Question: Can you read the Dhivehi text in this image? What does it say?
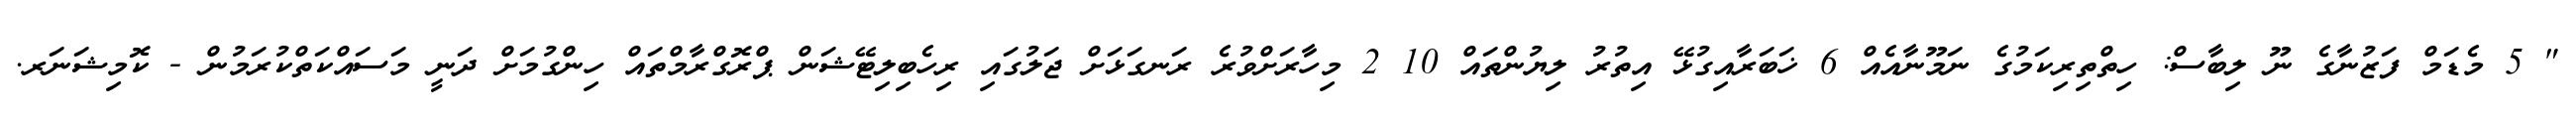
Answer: " 5 މެޑަމް ފަޒުނާގެ ނޫ ލިބާސް: ހިތްތިރިކަމުގެ ނަމޫނާއެއް 6 ޚަބަރާއިގުޅޭ އިތުރު ލިޔުންތައް 10 2 މިހާރަށްވުރެ ރަނގަޅަށް ޖަލުގައި ރިހެބިލިޓޭޝަން ޕްރޮގްރާމްތައް ހިންގުމަށް ދަނީ މަސައްކަތްކުރަމުން - ކޮމިޝަނަރ.